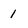
Character: 1